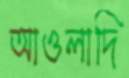
আওলাদি